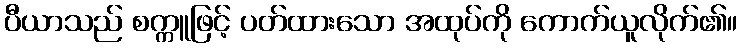
ပီယာသည် စက္ကူဖြင့် ပတ်ထားသော အထုပ်ကို ကောက်ယူလိုက်၏။